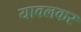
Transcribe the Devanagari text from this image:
यावलकर